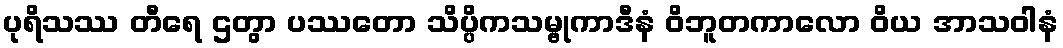
ပုရိသဿ တီရေ ဌတွာ ပဿတော သိပ္ပိကသမ္ဗုကာဒီနံ ဝိဘူတကာလော ဝိယ အာသဝါနံ